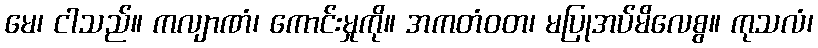
မေ၊ ငါသည်။ ကလျာဏံ၊ ကောင်းမှုကို။ အကတံဝတ၊ မပြုအပ်မိလေစွ။ ကုသလံ၊